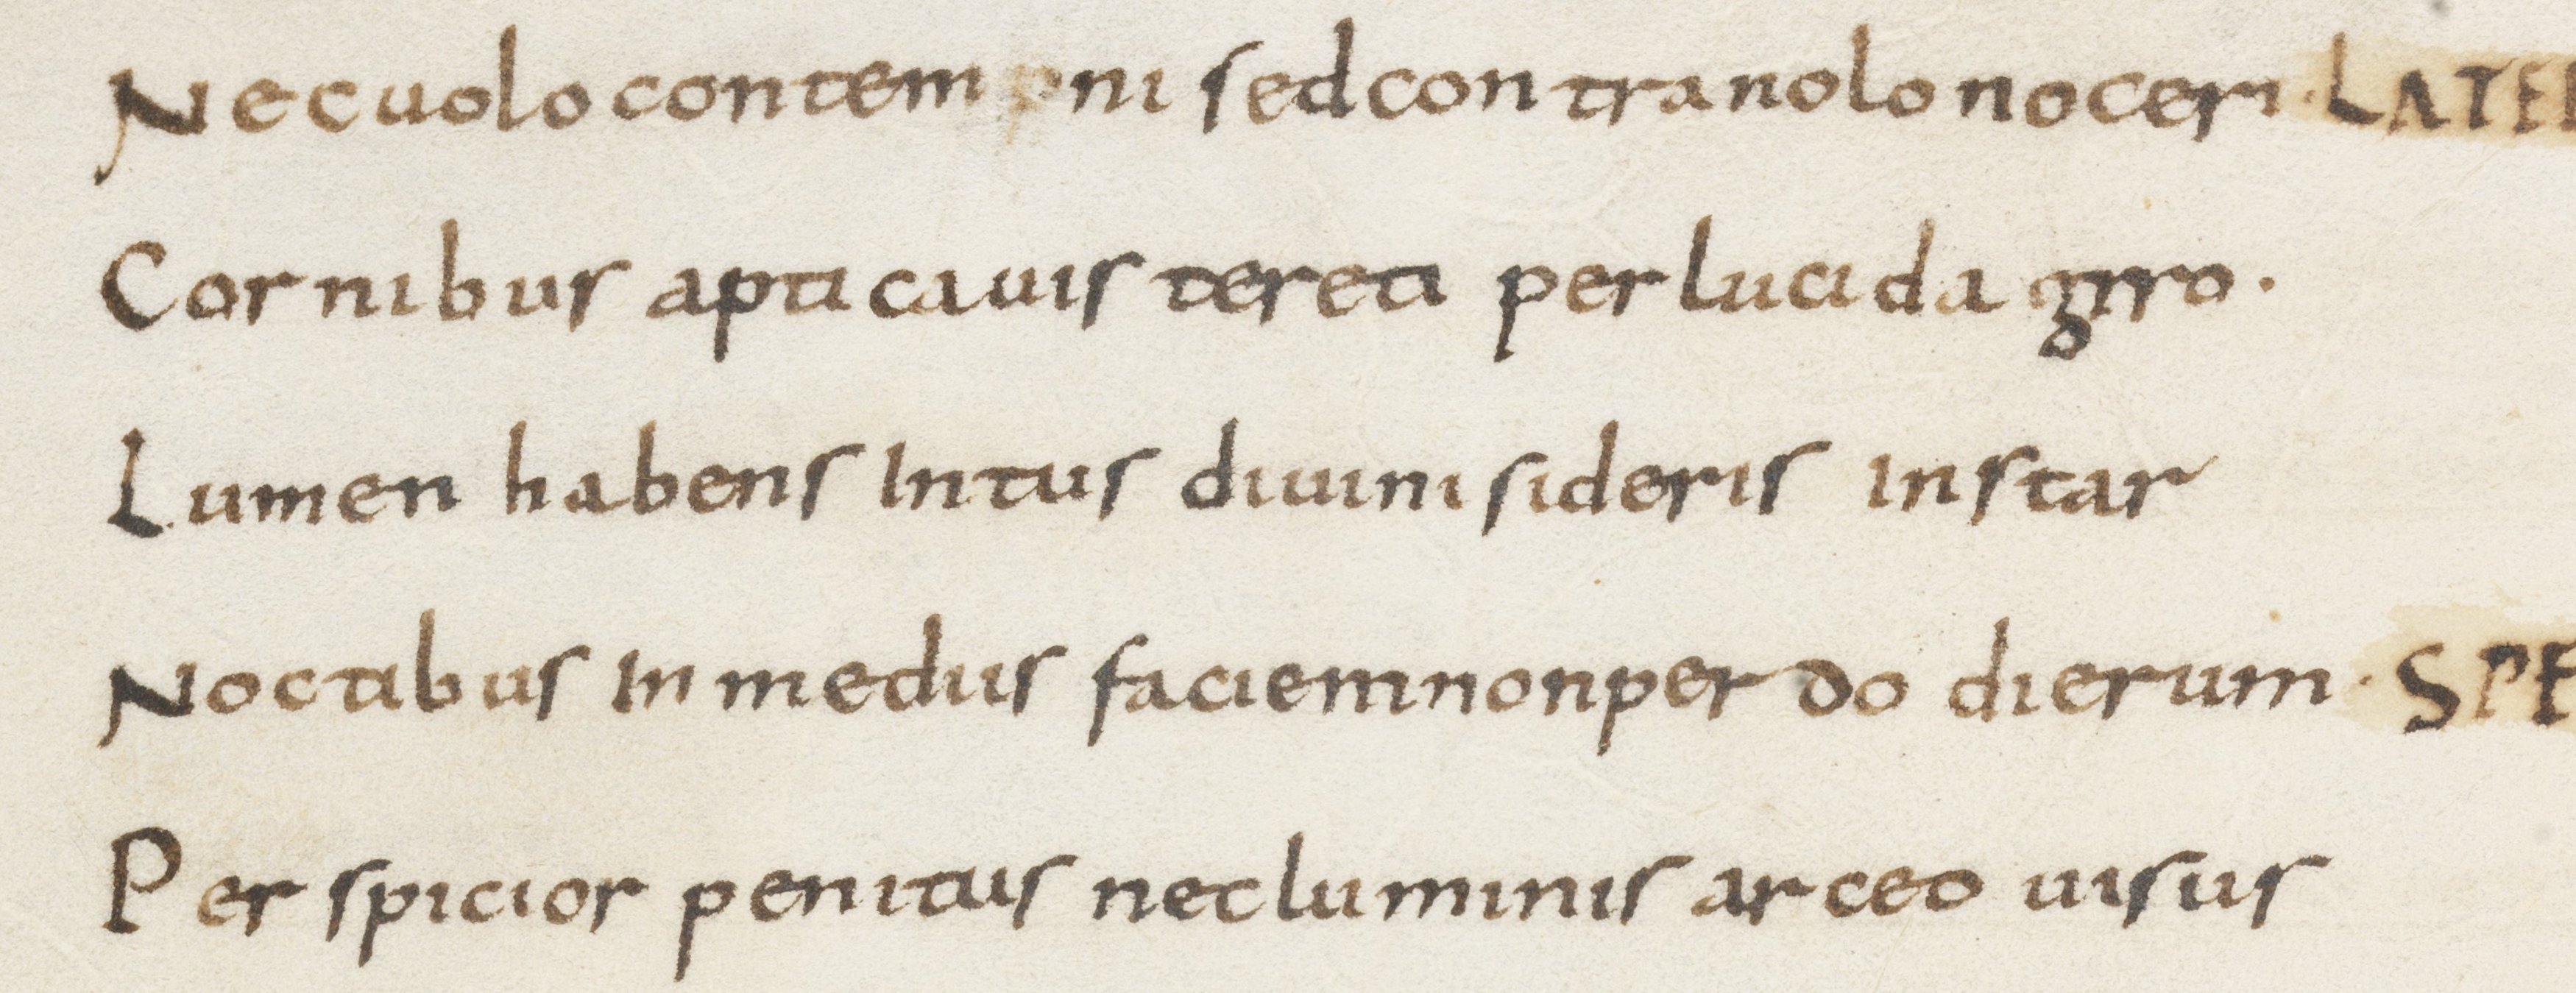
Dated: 800–899